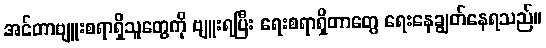
အင်တာဗျူးစရာရှိသူတွေကို ဗျူးရပြီး ရေးစရာရှိတာတွေ ရေးနေချွတ်နေရသည်။